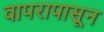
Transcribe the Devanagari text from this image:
वापरापासून